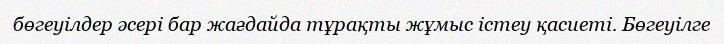
бөгеуілдер әсері бар жағдайда тұрақты жұмыс істеу қасиеті. Бөгеуілге